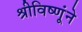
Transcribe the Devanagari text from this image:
श्रीविष्णूंने